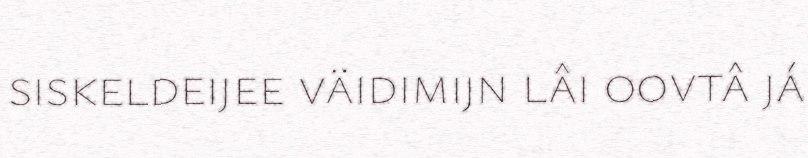
siskeldeijee väidimijn lâi oovtâ já